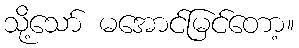
သို့သော် မအောင်မြင်တော့။